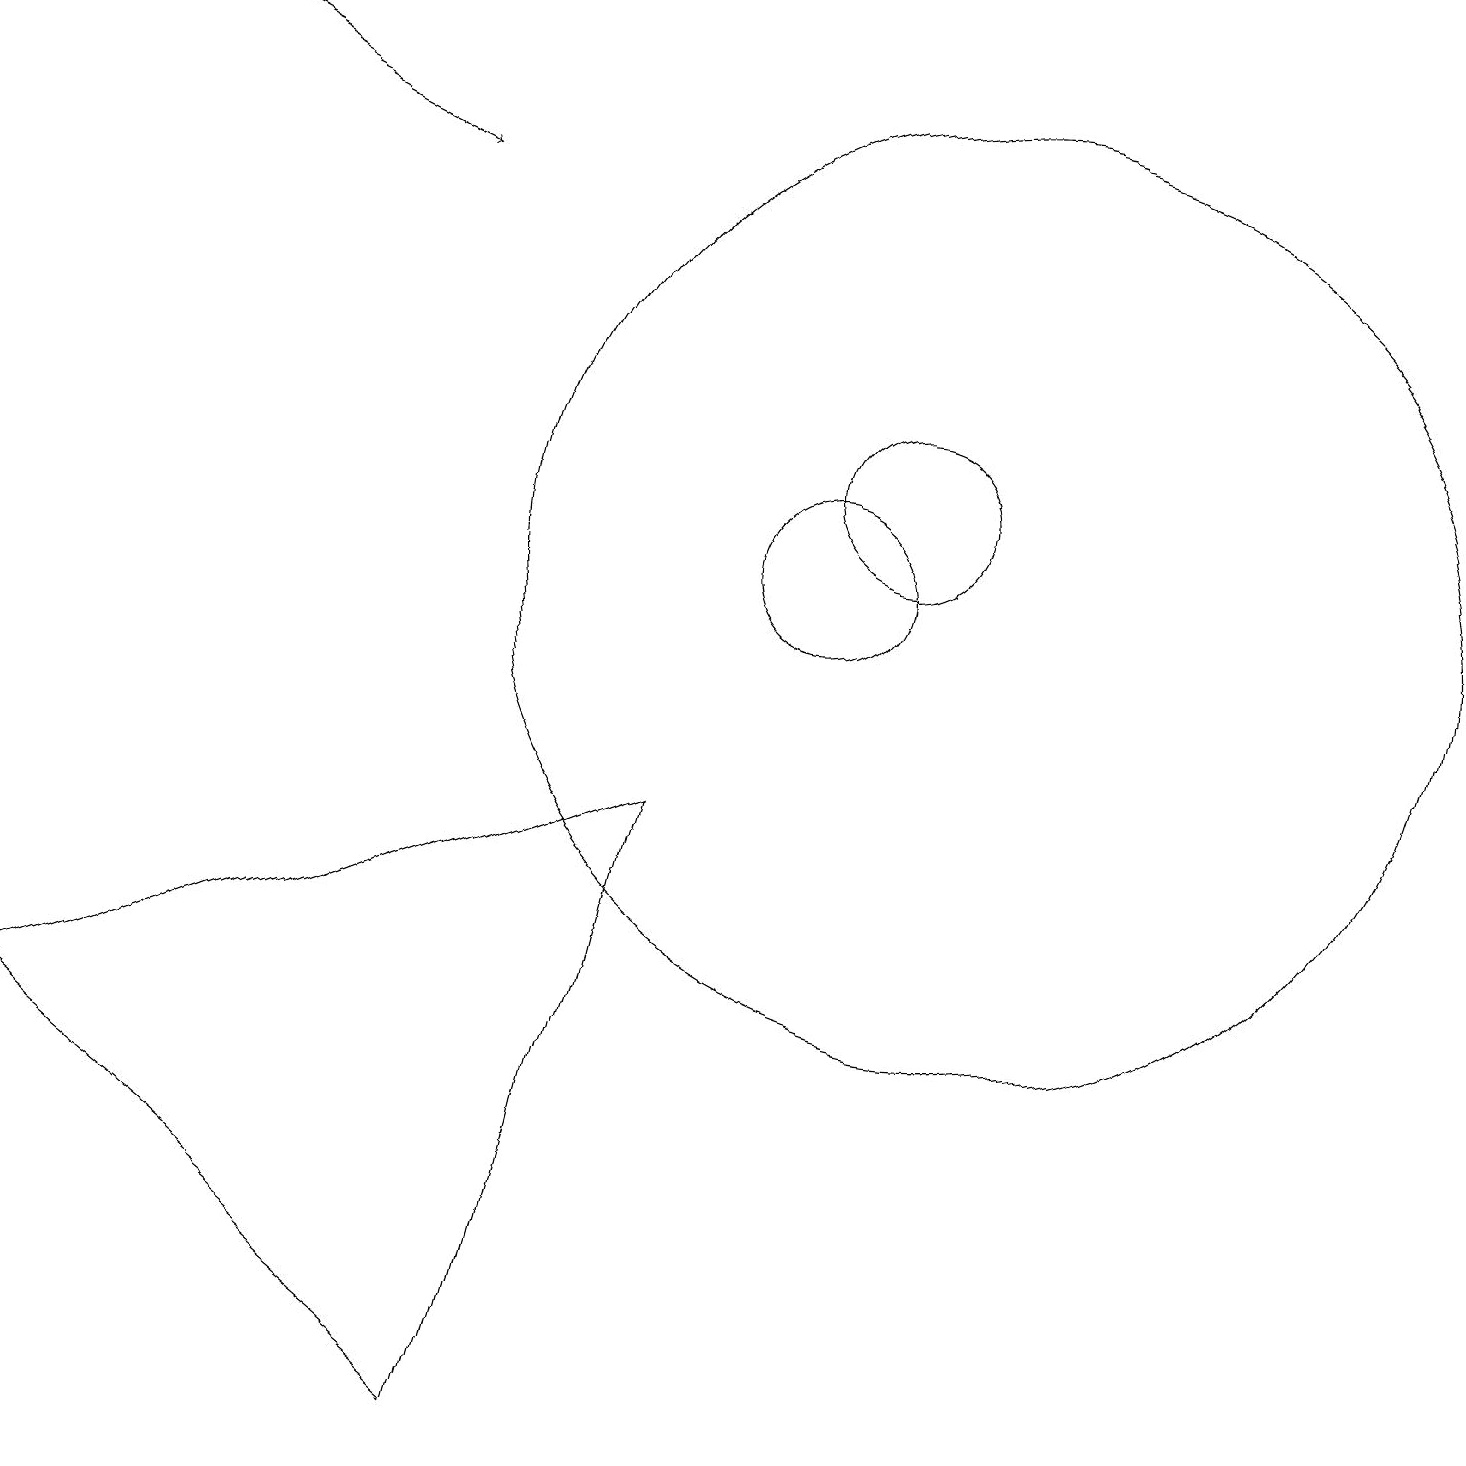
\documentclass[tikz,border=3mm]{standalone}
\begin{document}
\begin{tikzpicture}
\draw (11,12) circle (1);
\draw (11,11) circle (0);
\draw[->] (1,18) -- (5,16);
\draw (12,11) circle (6);
\draw (6,0) -- (8,8) -- (0,5) -- cycle;
\draw (10,11) circle (1);
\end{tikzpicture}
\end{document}